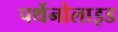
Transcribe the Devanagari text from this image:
पर्थेनोलाइड